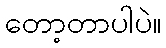
တော့တာပါပဲ။